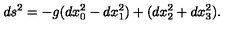
d s ^ { 2 } = - g ( d x _ { 0 } ^ { 2 } - d x _ { 1 } ^ { 2 } ) + ( d x _ { 2 } ^ { 2 } + d x _ { 3 } ^ { 2 } ) .